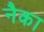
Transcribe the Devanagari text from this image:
नैका